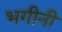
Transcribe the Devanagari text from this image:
भगीनी